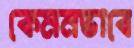
কেমনভাবে